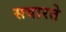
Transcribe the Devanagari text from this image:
सवारते